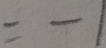
= - 1